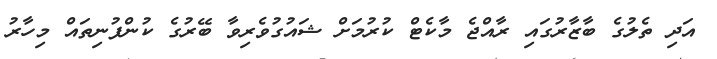
އަދި ތެލުގެ ބާޒާރުގައި ރާއްޖެ މާކެޓް ކުރުމަށް ޝައުގުވެރިވާ ބޭރުގެ ކުންފުނިތައް މިހާރު